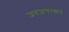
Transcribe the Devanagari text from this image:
जनजागरणाचे